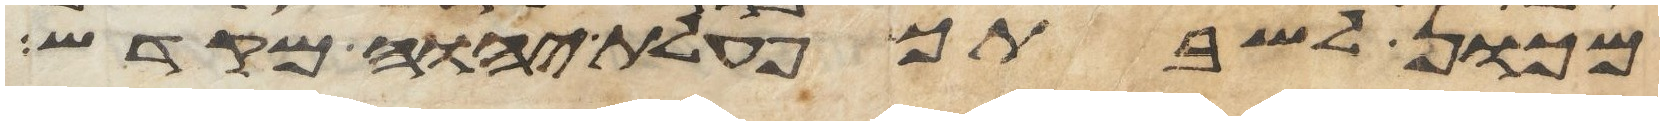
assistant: מכון לשבתך פעלת יהוה מקדש